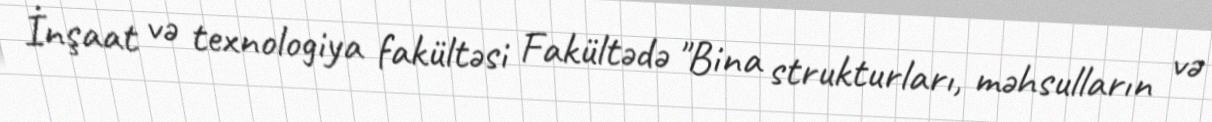
İnşaat və texnologiya fakültəsi Fakültədə "Bina strukturları, məhsulların və